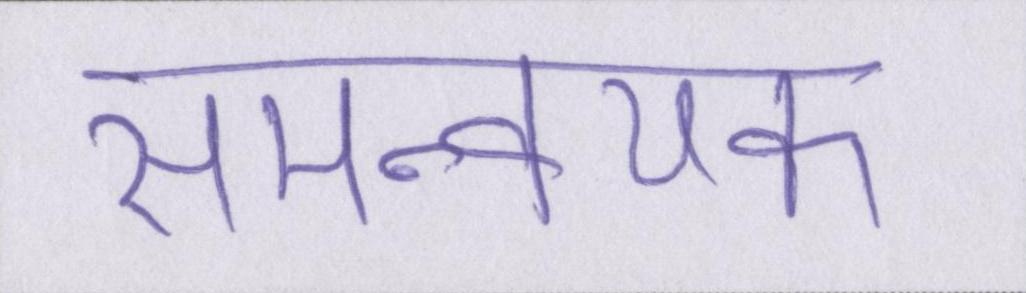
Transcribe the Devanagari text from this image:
समन्वयक